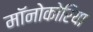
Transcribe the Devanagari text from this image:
मॉनोकोरिया